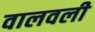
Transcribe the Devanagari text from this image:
वालवली